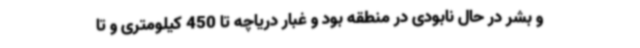
و بشر در حال نابودی در منطقه بود و غبار دریاچه تا 450 کیلومتری و تا